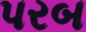
પરબ